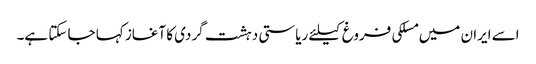
اسے ایران میں مسلکی فروغ کیلئے ریاستی دہشت گردی کا آغاز کہا جا سکتا ہے۔